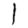
Digit: 1